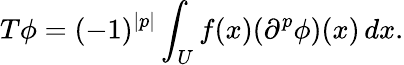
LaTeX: T\phi=(-1)^{|p|}\int_{U}f(x)(\partial^{p}\phi)(x)\, dx.